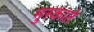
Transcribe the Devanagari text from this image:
मुस्काते